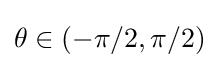
\theta \in (-\pi /2,\pi /2)